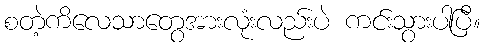
စတဲ့ကိလေသာတွေအားလုံးလည်းပဲ ကင်းသွားပါပြီ။